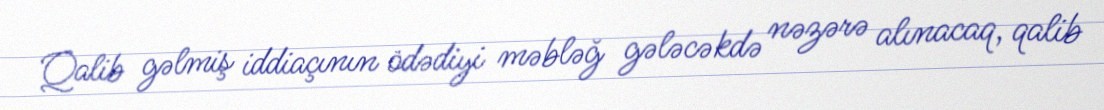
Qalib gəlmiş iddiaçının ödədiyi məbləğ gələcəkdə nəzərə alınacaq, qalib